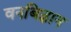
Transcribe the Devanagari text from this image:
वनबिज्ञान